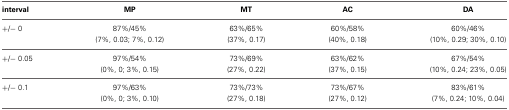
<table><thead><tr><td><b>interval</b></td><td><b>MP</b></td><td><b>MT</b></td><td><b>AC</b></td><td><b>DA</b></td></tr></thead><tbody><tr><td>+/− 0</td><td>87%/45%</td><td>63%/65%</td><td>60%/58%</td><td>60%/46%</td></tr><tr><td></td><td>(7%, 0.03; 7%, 0.12)</td><td>(37%, 0.17)</td><td>(40%, 0.18)</td><td>(10%, 0.29; 30%, 0.10)</td></tr><tr><td>+/− 0.05</td><td>97%/54%</td><td>73%/69%</td><td>63%/62%</td><td>67%/54%</td></tr><tr><td></td><td>(0%, 0; 3%, 0.15)</td><td>(27%, 0.22)</td><td>(37%, 0.15)</td><td>(10%, 0.24; 23%, 0.05)</td></tr><tr><td>+/− 0.1</td><td>97%/63%</td><td>73%/73%</td><td>73%/67%</td><td>83%/61%</td></tr><tr><td></td><td>(0%, 0; 3%, 0.10)</td><td>(27%, 0.18)</td><td>(27%, 0.12)</td><td>(7%, 0.24; 10%, 0.04)</td></tr></tbody></table>